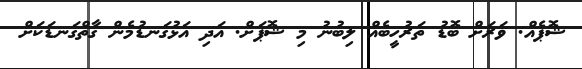
ޝޮޕެއް. ވަރަށް ބޮޑު ތަރުހީބެއް ލިބުނު މި ޝޮޕަށް. އަދި އަޅުގަނޑުމެން ގާތްގަނޑަކަށް